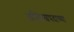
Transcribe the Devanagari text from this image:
अजिंक्यपदाच्या